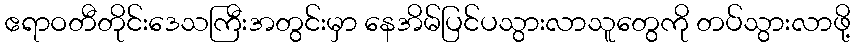
ဧရာဝတီတိုင်းဒေသကြီးအတွင်းမှာ နေအိမ်ပြင်ပသွားလာသူတွေကို တပ်သွားလာဖို့